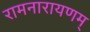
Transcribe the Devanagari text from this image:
रामनारायणम्